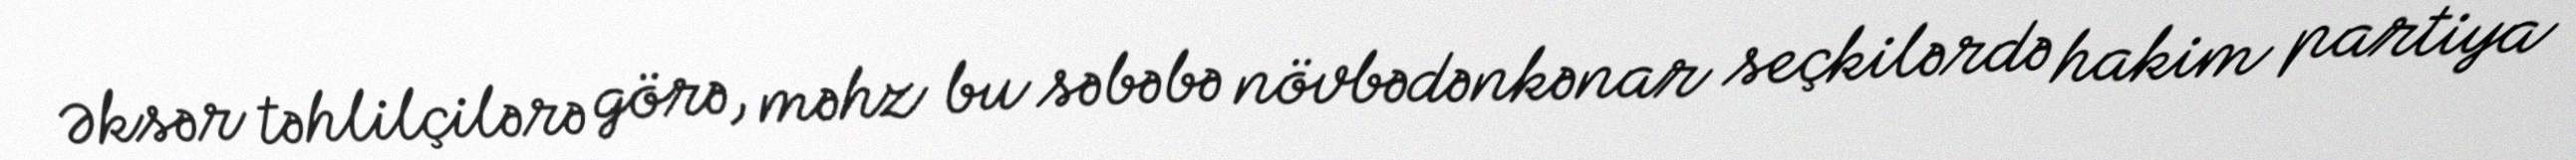
Əksər təhlilçilərə görə, məhz bu səbəbə növbədənkənar seçkilərdə hakim partiya